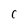
Character: C